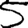
Digit: 5